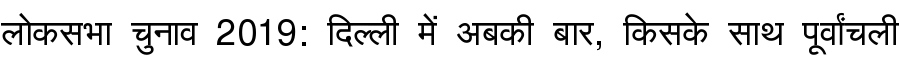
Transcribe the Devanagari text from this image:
लोकसभा चुनाव 2019: दिल्ली में अबकी बार, किसके साथ पूर्वांचली